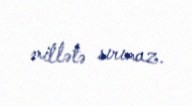
millətə sırımaz.